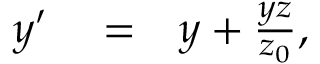
\begin{array} { r l r } { y ^ { \prime } } & { { } = } & { y + \frac { y z } { z _ { 0 } } , } \end{array}